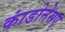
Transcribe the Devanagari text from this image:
कांडोनेसए